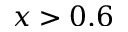
x > 0 . 6